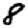
Digit: 8